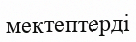
мектептерді